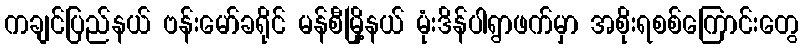
ကချင်ပြည်နယ် ဗန်းမော်ခရိုင် မန်စီမြို့နယ် မုံးဒိန်ပါရွာဖက်မှာ အစိုးရစစ်ကြောင်းတွေ